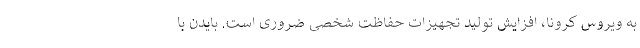
به ویروس کرونا، افزایش تولید تجهیزات حفاظت شخصی ضروری است. بایدن با